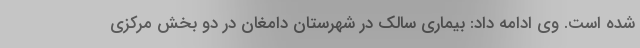
شده است. وی ادامه داد: بیماری سالک در شهرستان دامغان در دو بخش مرکزی